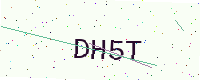
Text: DH5T